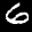
Label: 6